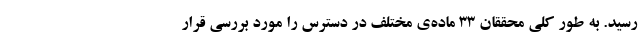
رسید. به طور کلی محققان ۳۳ ماده‌ی مختلف در دسترس را مورد بررسی قرار